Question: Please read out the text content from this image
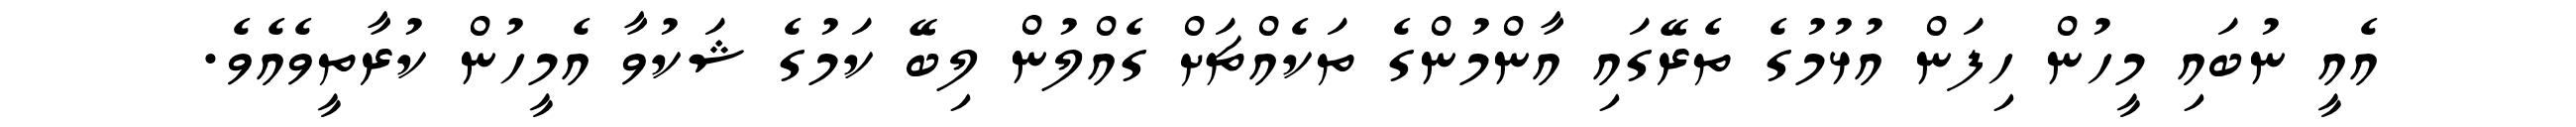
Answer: އެއީ ނުބައި މީހުން ހިފަން އުޅުމުގެ ތެރޭގައި އާންމުންގެ ތަކެއްޗަށް ގެއްލުން ލިބޭ ކަމުގެ ޝަކުވާ އެމީހުން ކުރާތީވެއެވެ.